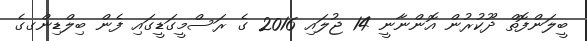
ބީލަންފޮތް ދޫކުރުން އޮންނާނީ 14 ޖުލައި 2016 ގެ ރަސްމީގަޑީގައި ފެން ބިލްޑިންގގެ